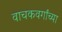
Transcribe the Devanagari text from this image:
वाचकवर्गांच्या